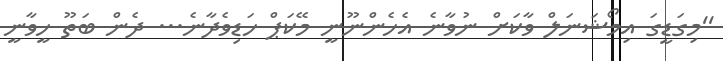
''މިގަޑީގަ އިމޯޝަނަލް ވާކަށް ނުވާނެ އެހެންނޫނީ މޭކަޕް ހަޑިވެދާނެ... ދެން ބަތޫ ހީވާނީ